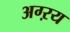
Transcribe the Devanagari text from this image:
अग्ऱय